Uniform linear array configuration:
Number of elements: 8
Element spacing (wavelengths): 0.75
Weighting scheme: exponential
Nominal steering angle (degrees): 60
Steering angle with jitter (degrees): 58.903
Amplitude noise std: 0.05
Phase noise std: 0.05

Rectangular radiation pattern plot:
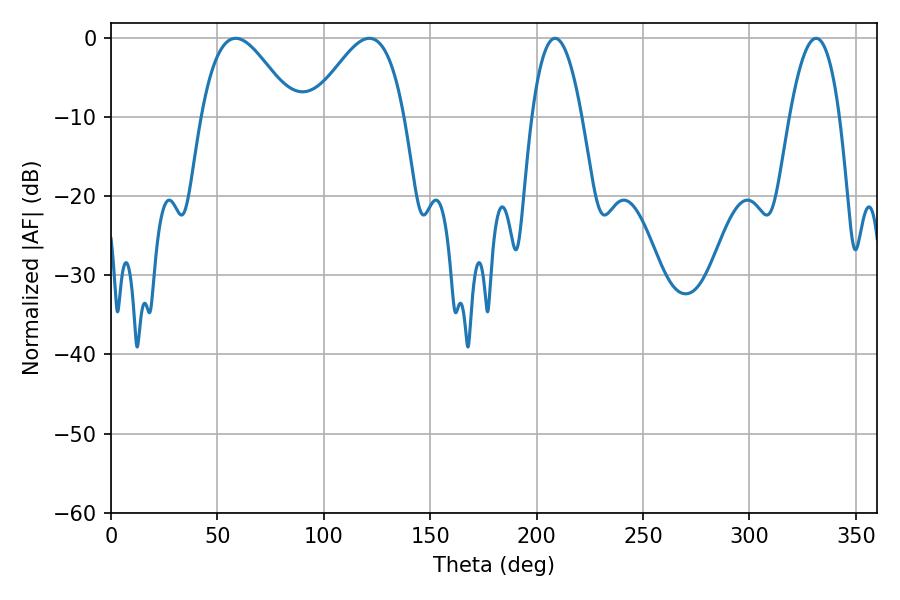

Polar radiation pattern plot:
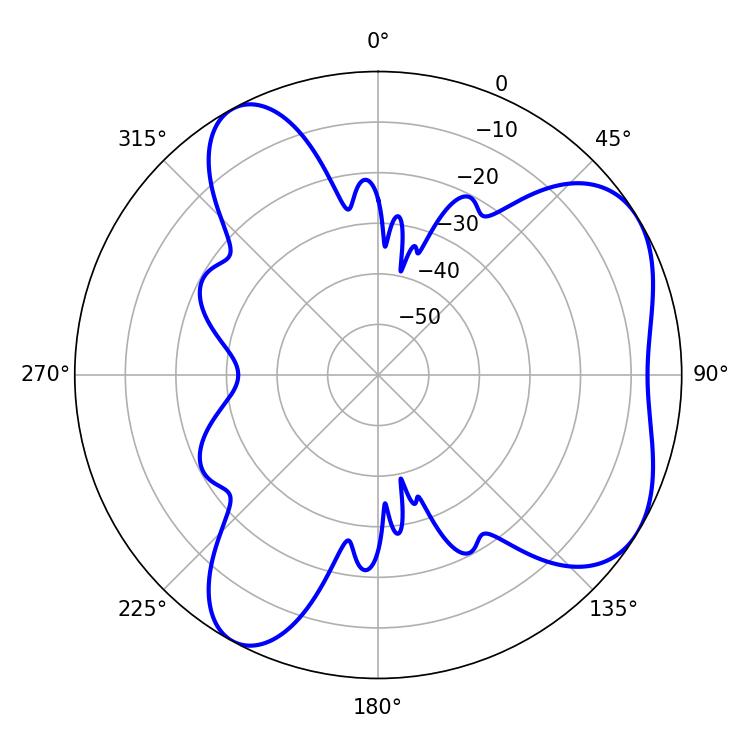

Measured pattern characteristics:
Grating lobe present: TRUE
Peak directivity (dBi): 5.524
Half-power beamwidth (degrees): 23.4
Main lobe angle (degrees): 58.68